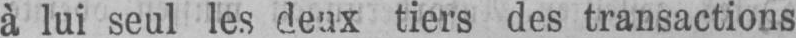
à lui seul les deux tiers des transactions